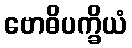
ဗောဓိပက္ခိယံ